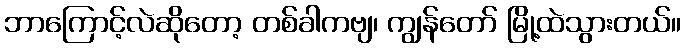
ဘာကြောင့်လဲဆိုတော့ တစ်ခါကဗျ၊ ကျွန်တော် မြို့ထဲသွားတယ်။